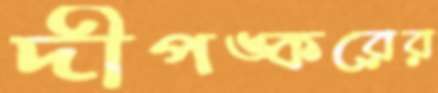
দীপঙ্করের